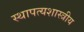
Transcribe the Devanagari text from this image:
स्थापत्यशास्त्रीय